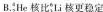
B.^{4}_{2}He核比^{6}_{3}Li核更稳定